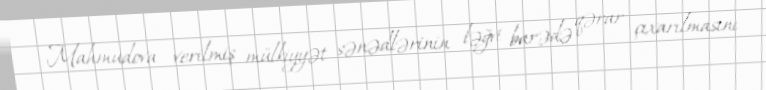
Mahmudova verilmiş mülkiyyət sənədlərinin ləğvi barədə qərar çıxarılmasını